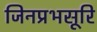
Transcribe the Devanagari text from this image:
जिनप्रभसूरि